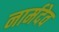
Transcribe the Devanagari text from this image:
नार्मदेव